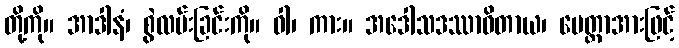
တို့ကို။ အာဒါနံ၊ စွဲလမ်းခြင်းကို။ ဝါ၊ ကား။ အဒေါသဒဿာဝိတာယ၊ မေတ္တာအားဖြင့်